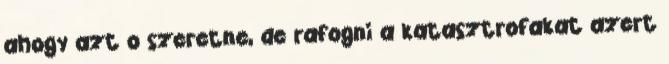
ahogy azt o szeretne, de rafogni a katasztrofakat azert